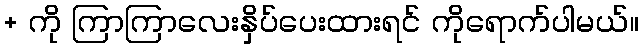
+ ကို ကြာကြာလေးနှိပ်ပေးထားရင် ကိုရောက်ပါမယ်။